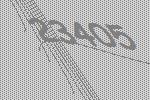
23405